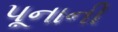
પૂનાની